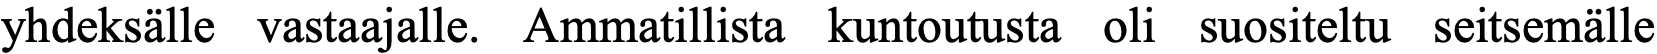
yhdeksälle vastaajalle. Ammatillista kuntoutusta oli suositeltu seitsemälle